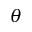
\theta